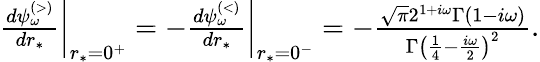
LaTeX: \begin{array}{r}{\frac{d\psi_{\omega}^{\scriptscriptstyle(>)}}{dr_{*}}\bigg|_{r_{*}=0^{+}}=-\frac{d\psi_{\omega}^{\scriptscriptstyle(<)}}{dr_{*}}\bigg|_{r_{*}=0^{-}}=-\frac{\sqrt{\pi}2^{1+i\omega}\Gamma(1-i\omega)}{\Gamma\left(\frac{1}{4}-\frac{i\omega}{2}\right)^{2}}.}\end{array}